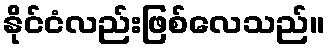
နိုင်ငံလည်းဖြစ်လေသည်။